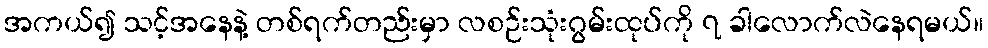
အကယ်၍ သင့်အနေနဲ့ တစ်ရက်တည်းမှာ လစဉ်းသုံးဂွမ်းထုပ်ကို ၇ ခါလောက်လဲနေရမယ်။